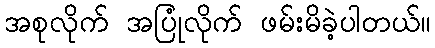
အစုလိုက် အပြုံလိုက် ဖမ်းမိခဲ့ပါတယ်။